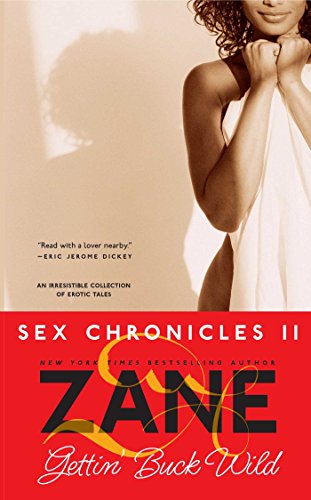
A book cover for Gettin' Buck Wild: Sex Chronicles II; Zane; Romance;